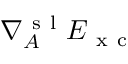
\nabla _ { A } ^ { \mathrm { ~ s ~ l ~ } } E _ { \mathrm { ~ x ~ c ~ } }